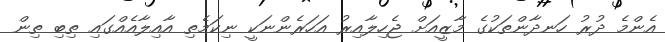
އެންމެ ދުރު ހަނދާންތަކުގެ މާޒީއަށް ޖެހިލާއިރު އަހަރެންނަކީ ނިކަމެތި އާއިލާއެއްގައި ތިބި ތިން